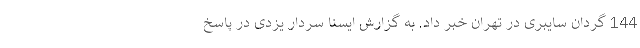
144 گردان سایبری در تهران خبر داد. به گزارش ایسنا سردار یزدی در پاسخ